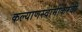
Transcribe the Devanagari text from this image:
कल्याणस्वामींकरवी